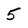
Character: 5